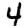
Digit: 4